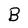
Character: B